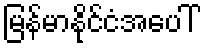
မြန်မာနိုင်ငံအပေါ်